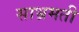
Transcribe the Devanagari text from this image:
साभ्रमती